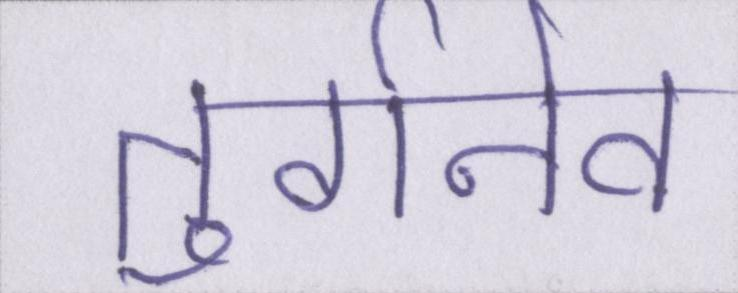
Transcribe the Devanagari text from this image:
तुर्गनेव